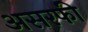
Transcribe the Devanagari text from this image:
असरफी